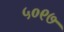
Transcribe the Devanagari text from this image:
५०९७